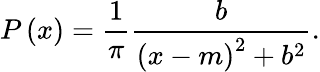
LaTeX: P\left(x\right)=\frac{1}{\pi}\frac{b}{\left(x-m\right)^{2}+b^{2}}.